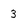
Character: 3